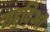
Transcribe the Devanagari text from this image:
यहुदिओं